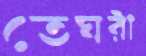
তেঘরী